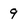
Character: 9